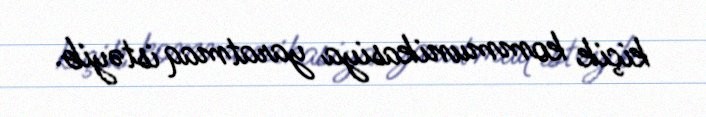
kiçik kommunikasiya yaratmaq istəyib.